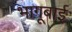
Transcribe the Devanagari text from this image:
भागूबाई